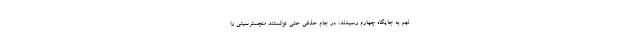
نهم به جایگاه چهارم رسیدند، در جام حذفی حتی توانستند منچسترسیتی را